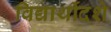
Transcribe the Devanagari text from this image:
विद्यार्थीदशे